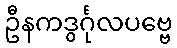
ဦနကဒွင်္ဂုလပဗ္ဗေ